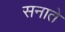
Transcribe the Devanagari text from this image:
सनाते